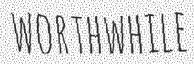
WORTHWHILE